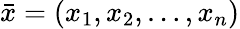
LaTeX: {\bar{x}}=(x_{1},x_{2},\ldots,x_{n})